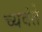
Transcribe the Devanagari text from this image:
च्यवंते